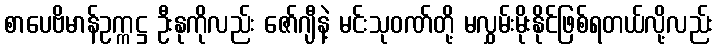
စာပေဗိမာန်ဥက္ကဋ္ဌ ဦးနုကိုလည်း ဇော်ဂျီနဲ့ မင်းသုဝဏ်တို့ မလွှမ်းမိုးနိုင်ဖြစ်ရတယ်လို့လည်း